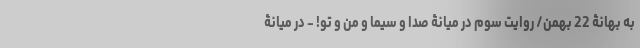
به بهانۀ 22 بهمن/ روایت سوم در میانۀ صدا و سیما و من و تو! - در میانۀ